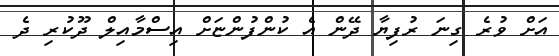
އަށް ވުރެ ގިނަ ރުފިޔާ ދޭން އެ ކުންފުންޏަށް އިސްމާއިލް ދޫކުރި ދެ